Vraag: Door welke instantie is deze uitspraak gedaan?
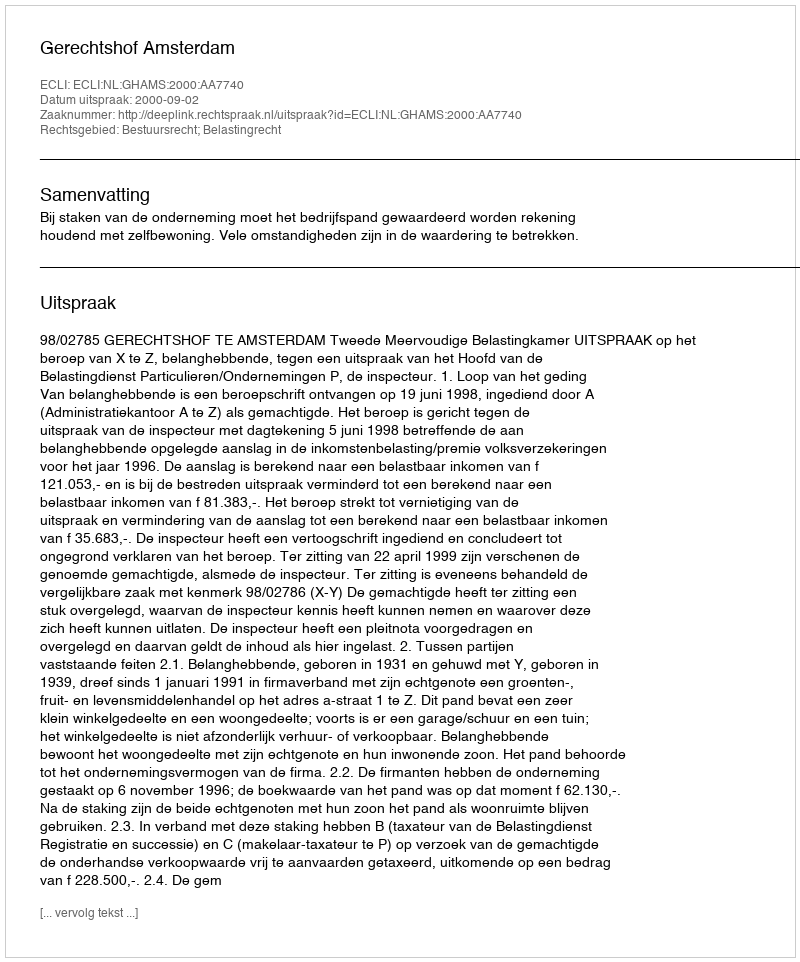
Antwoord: Gerechtshof Amsterdam